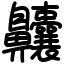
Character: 齉